Eesti_Rahvusfond, lk 113
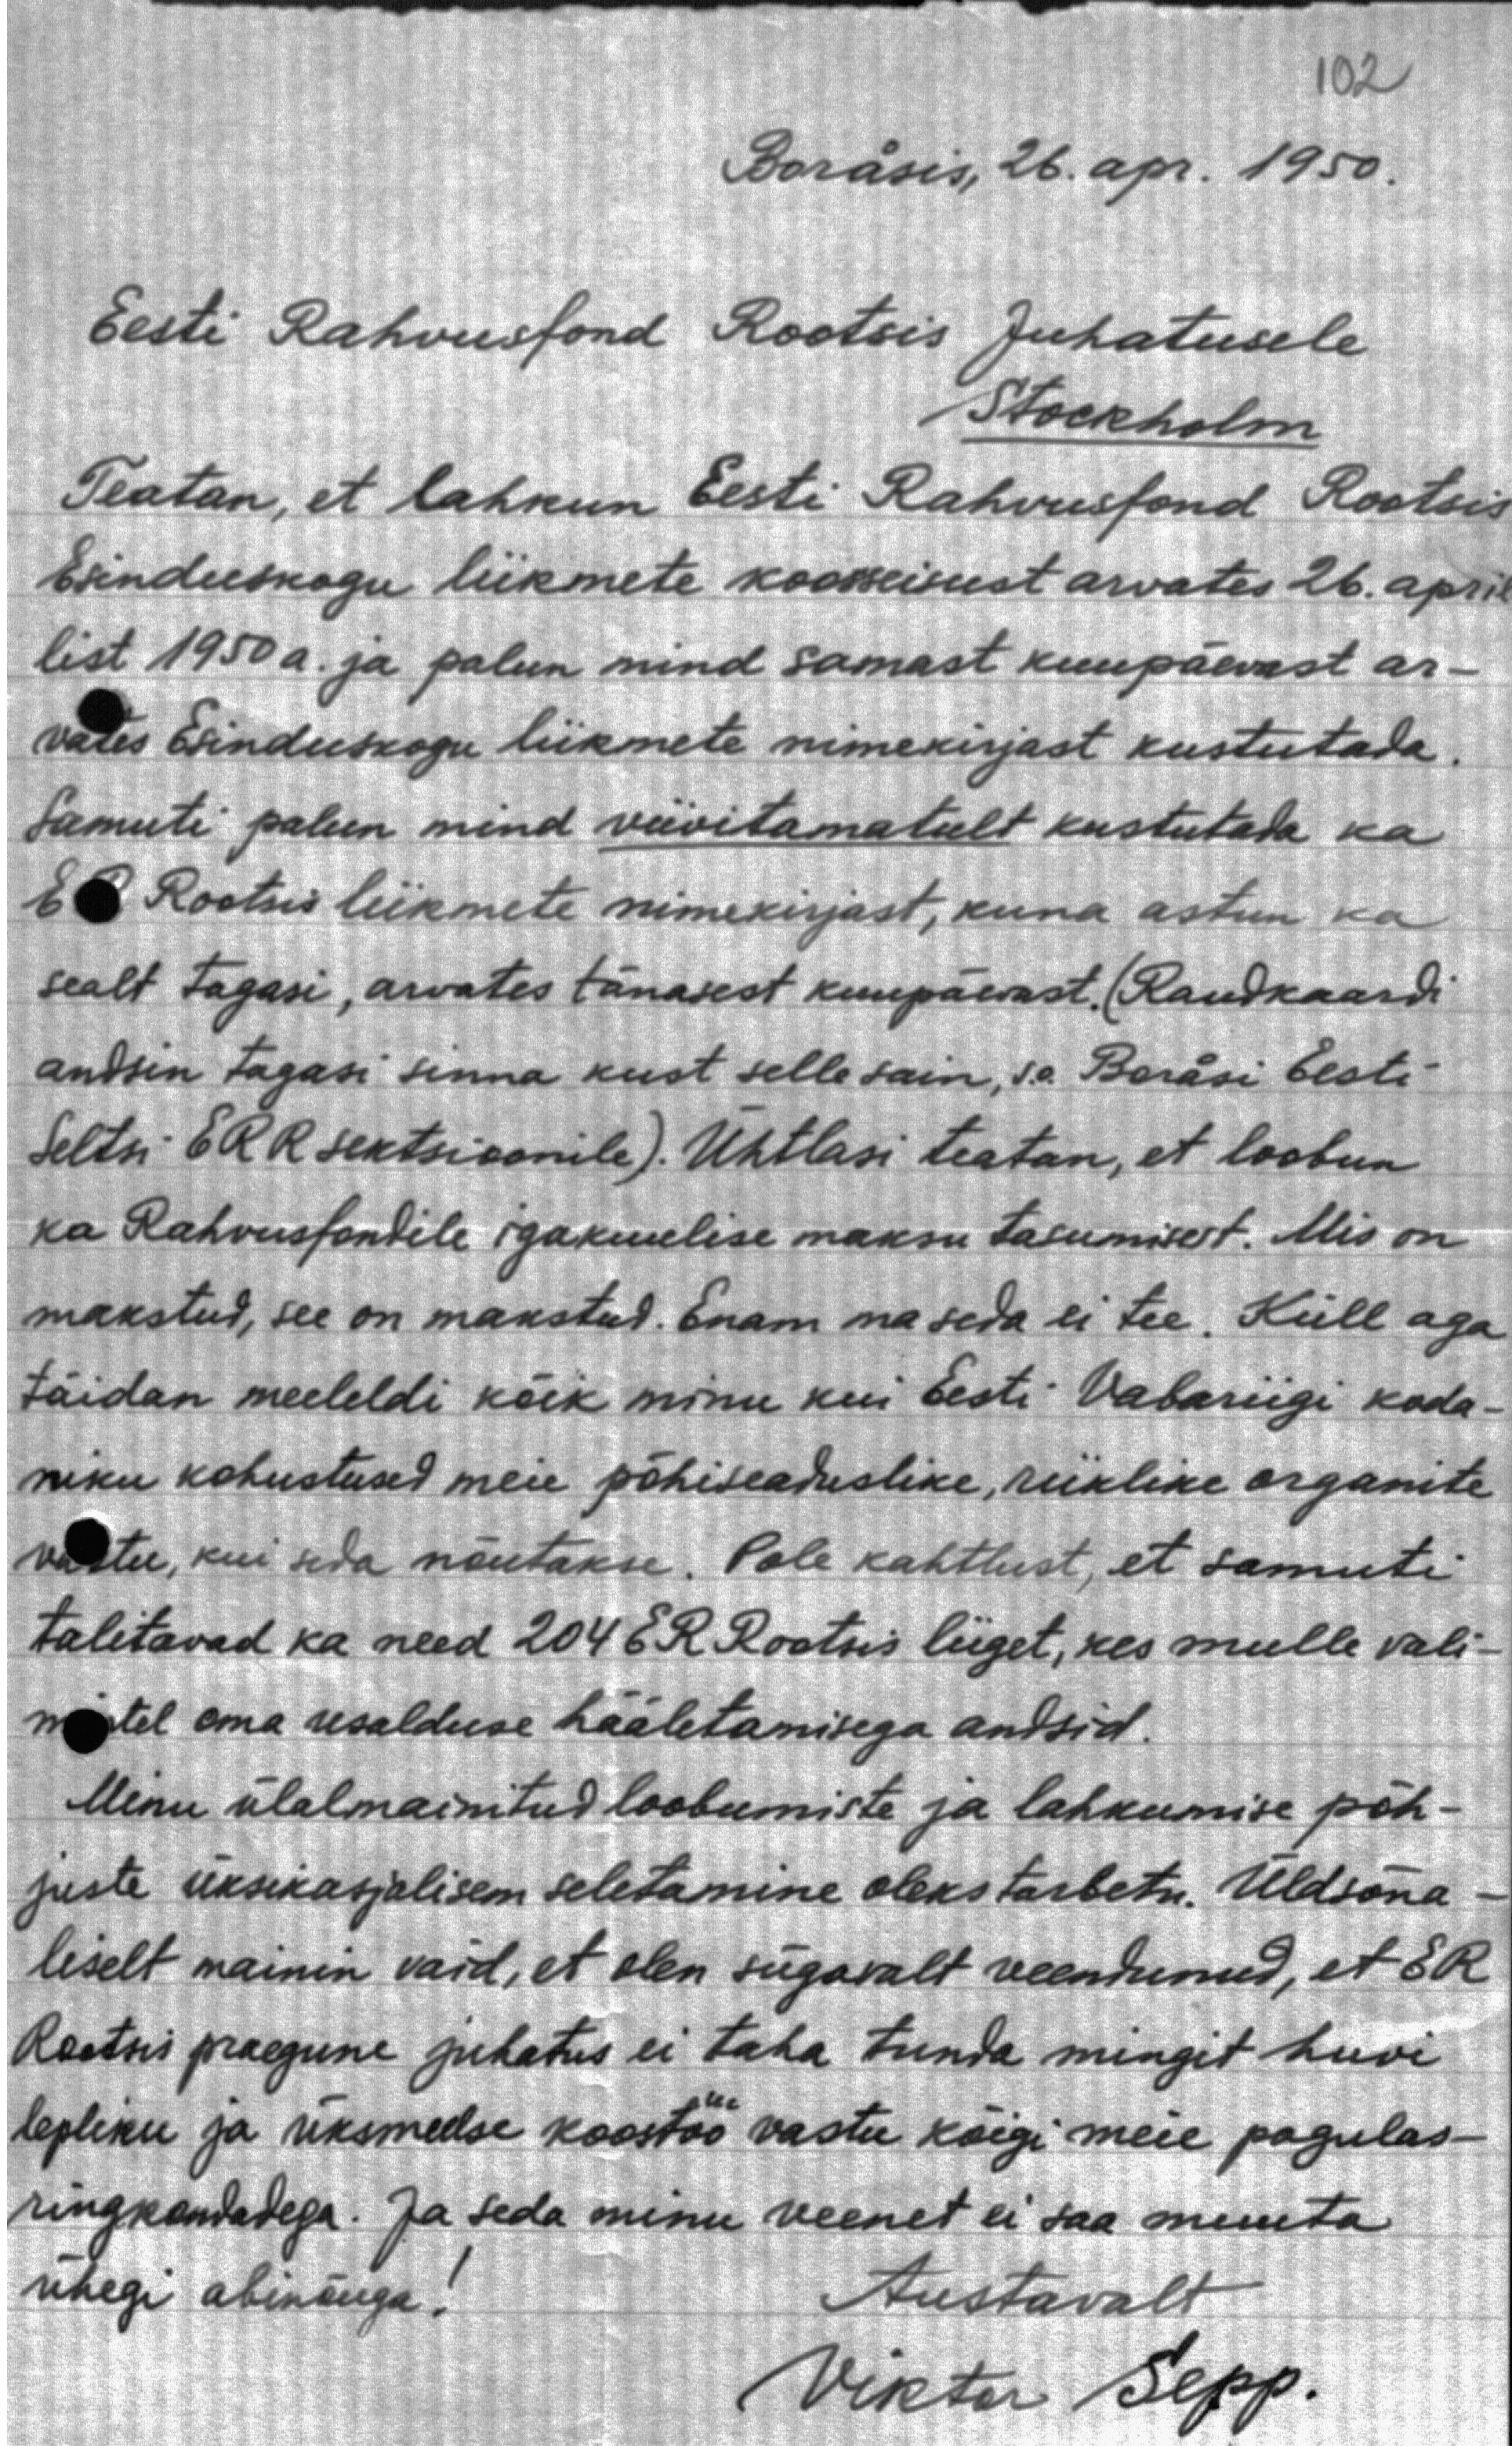
Boräsis, 26. apr. 1950.
Eesti Rahvusfond Rootsis Juhatusele
Stockholm
Teatan, et lahkun Eesti Rahvusfond Rootsis
Esinduskogu liikmete koosseisust arvates 26. april
list 1950 a. ja palun mind samast kuupäevast ar-
vates Esinduskogu liikmete nimekirjast kustutada.
Samuti palun mind viivitamatult kustutada ka
ER Rootsis liikmete nimekirjast, kuna astun ka
sealt tagasi, arvates tänasest kuupäevast. (Raudkaardi
andsin tagasi sinna kust selle sain, s.o. Boräsi Eesti
Seltsi ERR sektsioonile). Ühtlasi teatan, et loobun
ka Rahvusfondile igakuulise maksu tasumisest. Mis on
makstud, see on makstud. Enam ma seda ei tee. Küll aga
täidan meeleldi kõik minu kui Eesti Vabariigi koda-
niku kohustused meie põhiseaduslike, riiklike organite
vastu, kui seda nõutakse. Pole kahtlust, et samuti
talitavad ka need 204 E.R. Rootsis liiget, kes mulle vali-
mistel oma usalduse hääletamisega andsid.
Minu ülalmainitud loobumiste ja lahkumise põh-
juste üksikasjalisem seletamine oleks tarbetu. Üldsõna-
liselt mainin vaid, et olen sügavalt veendunud, et E R
Rootsis praegune juhatus ei taha tunda mingit huvi.
lepliku ja üksmeelse koostöö vastu kõigi meie pagulas-
ringkondadega. Ja seda minu veenet ei saa muuta
ühegi abinõuga.
Austavalt
Viktor Sepp.